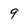
Character: 9